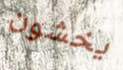
يخشون